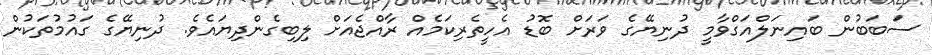
ސަބަބުން ބައިނަލްއަގްވާމީ ދުނިޔޭގެ ވަރަށް ބޮޑު އެހީތެރިކަމެއް ރާއްޖެއަށް ލިބިގެންދިޔައެވެ. ދުނިޔޭގެ ގައުމުތަކުން